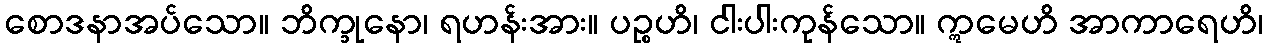
စောဒနာအပ်သော။ ဘိက္ခုနော၊ ရဟန်းအား။ ပဉ္စဟိ၊ ငါးပါးကုန်သော။ ဣမေဟိ အာကာရေဟိ၊